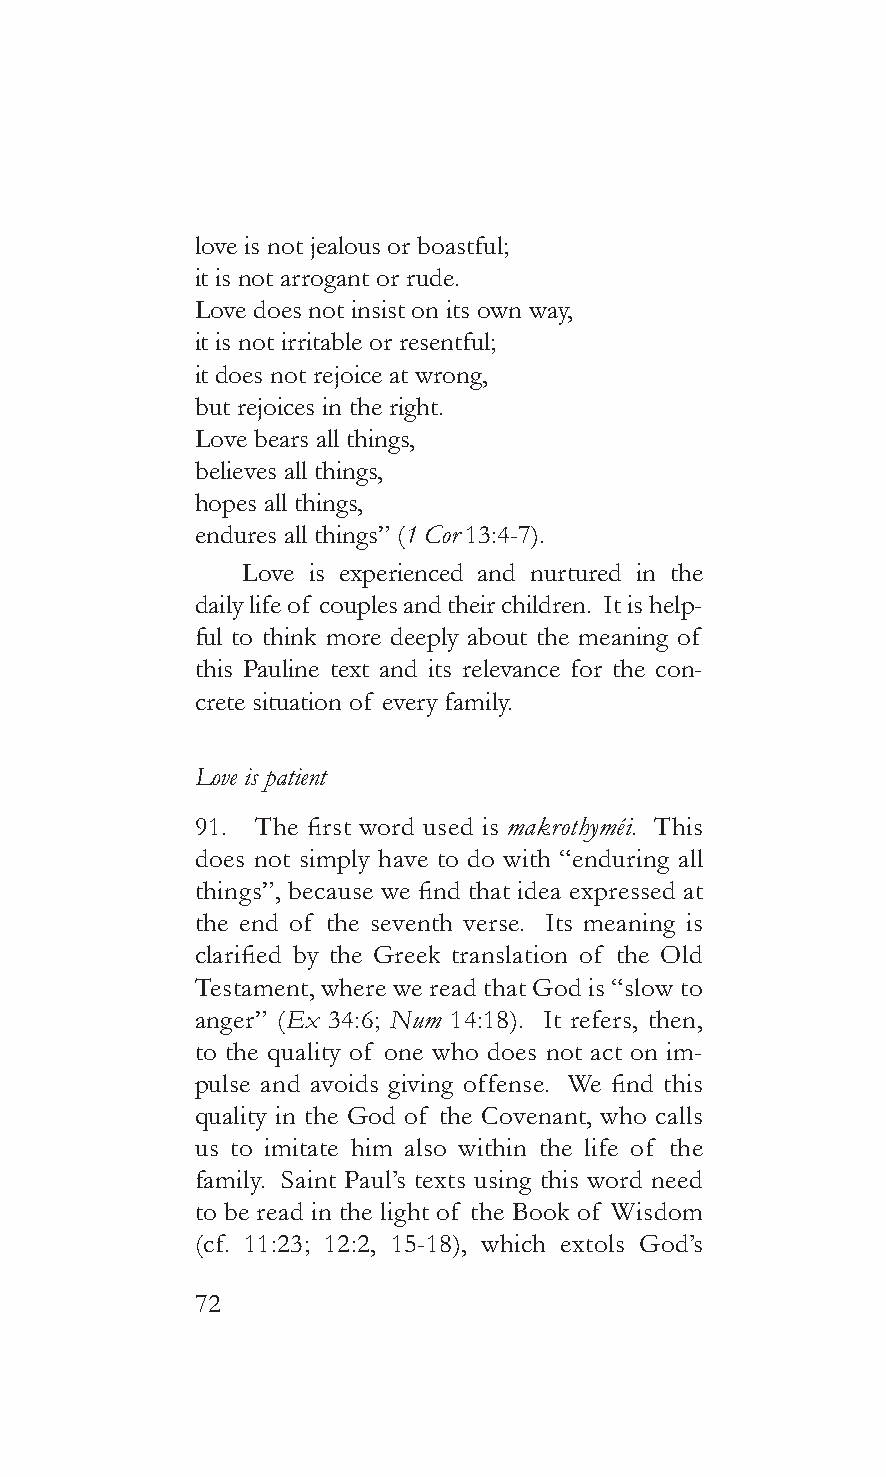
love is not jealous or boastful;
 it is not arrogant or rude.
 Love does not insist on its own way,
 it is not irritable or resentful;
 it does not rejoice at wrong,
 but rejoices in the right.
 Love bears all things,
 believes all things,
 hopes all things,
 endures all things” (1 Cor 13:4-7).
 Love is experienced and nurtured in the
 daily life of couples and their children. It is help-
 ful to think more deeply about the meaning of
 this Pauline text and its relevance for the con-
 crete situation of every family.
 Love is patient
 91. The first word used is makrothyméi. This
 does not simply have to do with “enduring all
 things”, because we find that idea expressed at
 the end of the seventh verse. Its meaning is
 clarified by the Greek translation of the Old
 Testament, where we read that God is “slow to
 anger” (Ex 34:6; Num 14:18). It refers, then,
 to the quality of one who does not act on im-
 pulse and avoids giving offense. We find this
 quality in the God of the Covenant, who calls
 us to imitate him also within the life of the
 family. Saint Paul’s texts using this word need
 to be read in the light of the Book of Wisdom
 (cf. 11:23; 12:2, 15-18), which extols God’s
 72